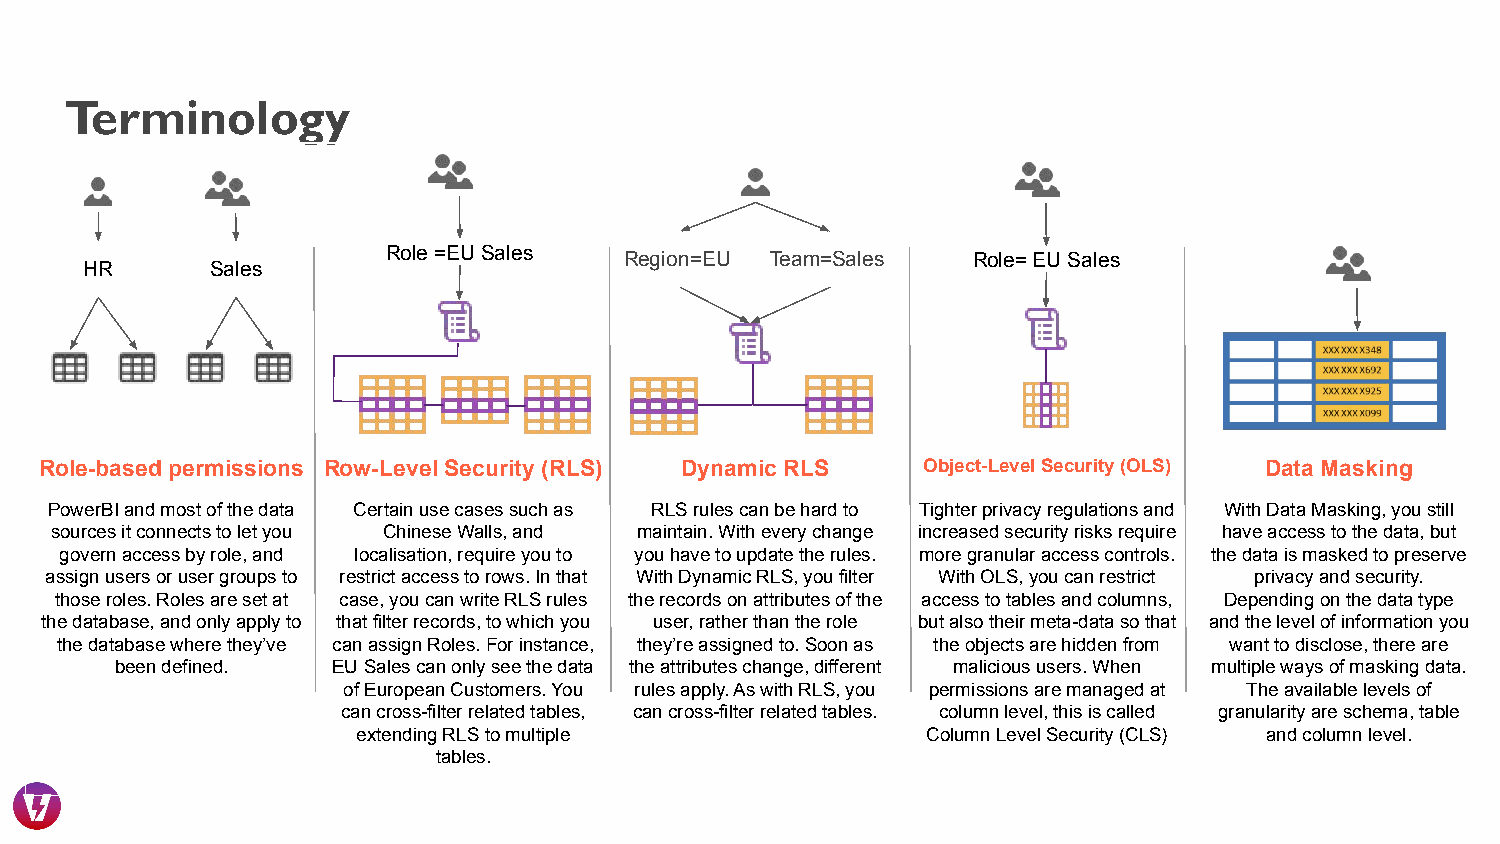
Terminology
 Role =EU Sales Region=EU Team=Sales   Role= EU Sales
 HR      Sales
 Role-based permissions Row-Level Security (RLS) Dynamic RLS Object-Level Security (OLS) Data Masking
 PowerBI and most of the data Certain use cases such as RLS rules can be hard to Tighter privacy regulations and With Data Masking, you still
 sources it connects to let you Chinese Walls, and maintain. With every change increased security risks require have access to the data, but
 govern access by role, and localisation, require you to you have to update the rules. more granular access controls. the data is masked to preserve
 assign users or user groups to restrict access to rows. In that With Dynamic RLS, you filter With OLS, you can restrict privacy and security.
 those roles. Roles are set at case, you can write RLS rules the records on attributes of the access to tables and columns, Depending on the data type
 the database, and only apply to that filter records, to which you user, rather than the role but also their meta-data so that and the level of information you
 the database where they’ve can assign Roles. For instance, they’re assigned to. Soon as the objects are hidden from want to disclose, there are
 been defined. EU Sales can only see the data the attributes change, different malicious users. When multiple ways of masking data.
 of European Customers. You rules apply. As with RLS, you permissions are managed at The available levels of
 can cross-filter related tables, can cross-filter related tables. column level, this is called granularity are schema, table
 extending RLS to multiple            Column Level Security (CLS) and column level.
 tables.